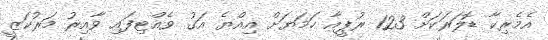
އެމެރިކާ ޑޮލަރަކަށް 123 ރުޕީއާ ހަމަޔަށް އިއްޔެ އަގު ވެއްޓިފައި ވާއިރު މަރުކަޒީ